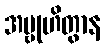
အဗ္ဗုဟိတွာန